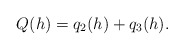
\begin{align*}Q(h)=q_2(h)+q_3(h).\end{align*}